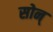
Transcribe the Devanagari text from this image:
सोन्